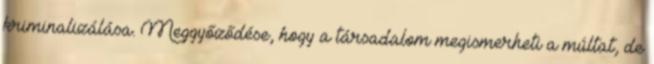
kriminalizálása. Meggyőződése, hogy a társadalom megismerheti a múltat, de